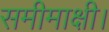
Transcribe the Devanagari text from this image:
समीमाक्षी।